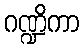
ဂဏ္ဍိကာ